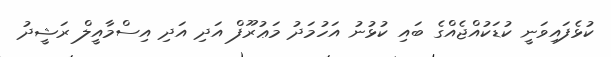
ކުޅެފައިވަނީ ކުޑަކުއްޖެއްގެ ބައި ކުޅުނު އަހުމަދު މަޢުރޫފް އަދި އަދި އިސްމާއީލް ރަޝީދު